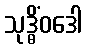
သုဒ္ဓိံဝဒေါ